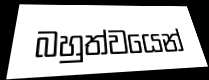
බහුත්වයෙන්